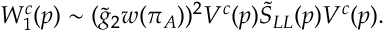
W _ { 1 } ^ { c } ( p ) \sim ( \tilde { g } _ { 2 } w ( \pi _ { A } ) ) ^ { 2 } V ^ { c } ( p ) \tilde { S } _ { L L } ( p ) V ^ { c } ( p ) .